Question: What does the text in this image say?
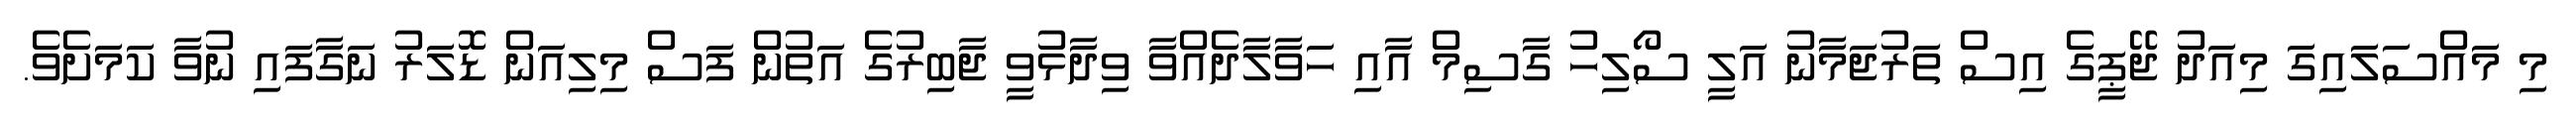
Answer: މި މައްސަލައިގަ މިއަދު ޖޭޕީގެ އިސް ތަރުޖަމާނު އަލީ ސޯލިހު ގާސިމް އާއި ހަވާލާދެއްވާ ވިދާޅުވީ ޖާބިރުގެ އަތުން ފަސް މިލިއަން ޑޮލަރު ނަގާފައި ނުވާ ކަމަށެވެ.